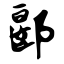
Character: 郾